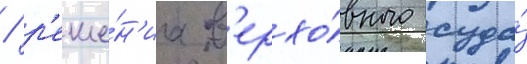
/ р'еше́н'иа в'ерхо́вного суда́